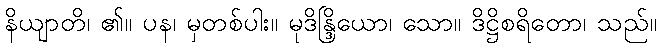
နိယျာတိ၊ ၏။ ပန၊ မှတစ်ပါး။ မုဒိန္ဒြိယော၊ သော။ ဒိဋ္ဌိစရိတော၊ သည်။